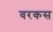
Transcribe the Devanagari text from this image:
वरकस